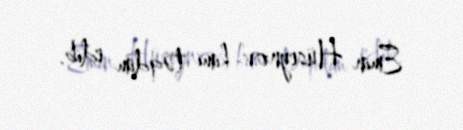
Emin Hüseynov kimi təqdim edib.